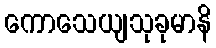
ကောသေယျသုခုမာနိ